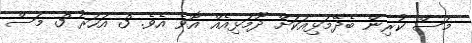
މަސް ކުރިން ބެދޭމަޅިއަކަށް ދޫމަޅިއެއް އޮވެ އެވެ. 3 އަހަރު 3 މަސް